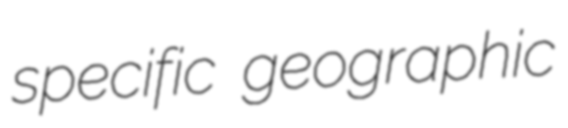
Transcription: specific geographic